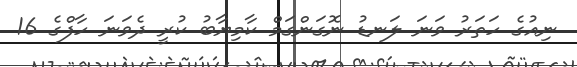
ނިއުގެ ހަތަރު ވަނަ ލަނޑު ނޮގަންގަމް ކާމިޔާބު ކުރީ ދެވަނަ ހާފްގެ 16